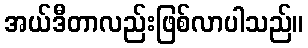
အယ်ဒီတာလည်းဖြစ်လာပါသည်။